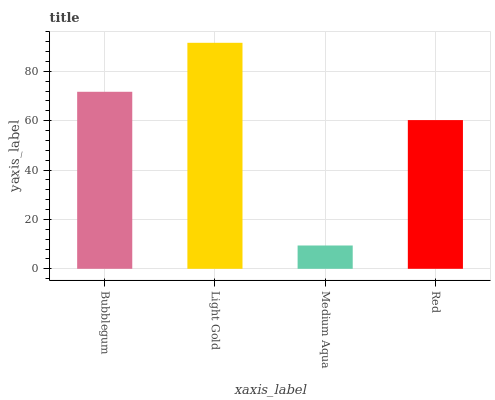
| xaxis_label | bars |
 | --- | --- |
 | Bubblegum | 71.7 |
 | Light Gold | 91.6 |
 | Medium Aqua | 9.45 |
 | Red | 60.3 |